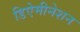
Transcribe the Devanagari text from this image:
डिऐमीनेशन